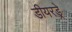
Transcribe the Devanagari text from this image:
डीयरड्रे